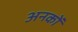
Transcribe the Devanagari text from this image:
अनकों